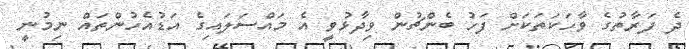
ދެ ފަރާތުގެ ވާހަކަތަކަށް ފަހު ބެންޗުން ވިދާޅުވީ އެ މައްސަލައިގެ އަޑުއެހުންތައް ނިމުނީ